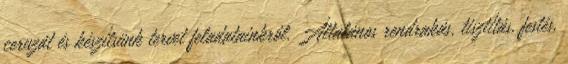
ceruzát és készítsünk tervet feladatainkról. Általános rendrakás, tisztítás, festés,